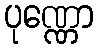
ပုဏ္ဏော